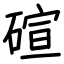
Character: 碹